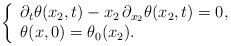
\begin{align*} \left\{\begin{array}{l}\displaystyle \partial_t \theta(x_2,t) - x_2 \, \partial_{x_2} \theta(x_2,t) =0, \\\displaystyle \theta(x,0) =\theta_0(x_2).\end{array}\right.\end{align*}